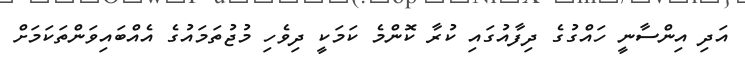
އަދި އިންސާނީ ހައްގުގެ ދިފާއުގައި ކުރާ ކޮންމެ ކަމަކީ ދިވެހި މުޖުތަމައުގެ އެއްބައިވަންތަކަމަށް